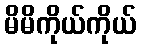
မိမိကိုယ်ကိုယ်